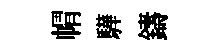
㡌驊鑄